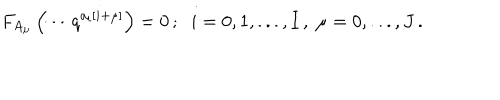
F _ { A _ { \mu } } \left( \cdots q ^ { a _ { i } \left[ i + \mu \right] } \right) = 0 \, ; \; \; i = 0 , 1 , . . . , I \, , \; \mu = 0 , . . . , J \, .